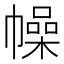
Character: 幧